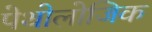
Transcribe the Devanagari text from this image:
पेथोलोजिक